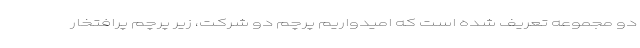
دو مجموعه تعريف شده است كه اميدواريم پرچم دو شركت، زير پرچم پرافتخار